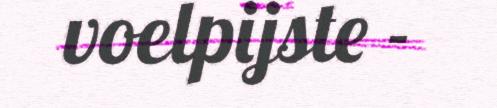
voelpijste -